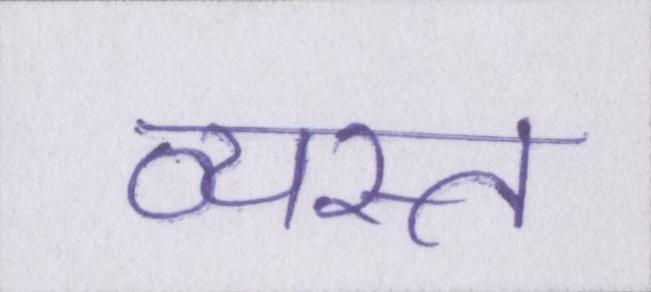
व्यस्त